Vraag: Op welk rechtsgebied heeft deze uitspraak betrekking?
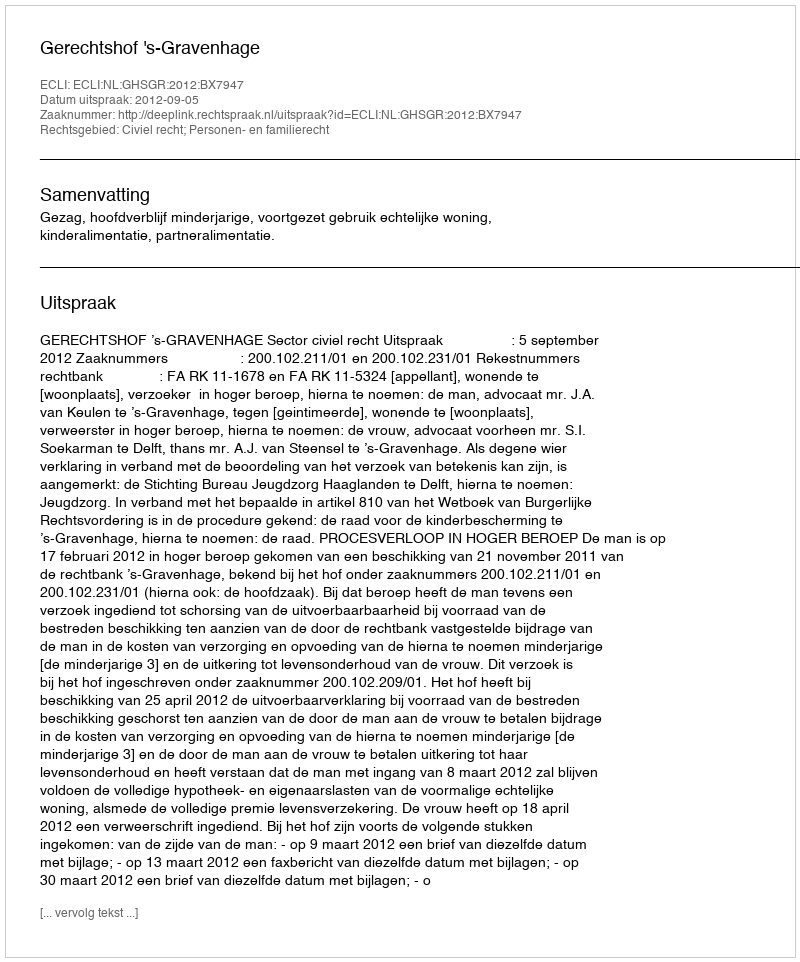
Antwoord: Civiel recht; Personen- en familierecht